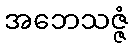
အဘေသဇ္ဇံ